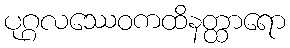
ပုဂ္ဂလဿေဝကထိနတ္ထာရော